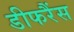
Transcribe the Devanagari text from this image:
डीफरैंस